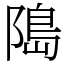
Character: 﨩